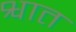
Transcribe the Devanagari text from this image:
श्वात